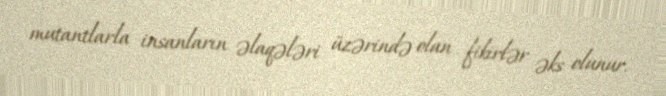
mutantlarla insanların əlaqələri üzərində olan fikirlər əks olunur.